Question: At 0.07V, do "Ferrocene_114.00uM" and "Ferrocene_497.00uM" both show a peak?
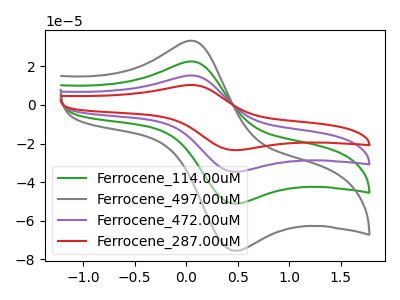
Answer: <think>The green curve "Ferrocene_114.00uM" has an anodic peak at (0.05V, 22.45uA) and a cathodic peak at (0.45V, -51.15uA). The gray curve "Ferrocene_497.00uM" has an anodic peak at (0.05V, 33.20uA) and a cathodic peak at (0.45V, -75.55uA). The purple curve "Ferrocene_472.00uM" has an anodic peak at (0.05V, 44.95uA) and a cathodic peak at (0.45V, -102.25uA). The red curve "Ferrocene_287.00uM" has an anodic peak at (0.05V, 67.40uA) and a cathodic peak at (0.45V, -153.40uA).</think>
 <answer>Yes, "Ferrocene_114.00uM" and "Ferrocene_497.00uM" share a peak at 0.07V.</answer>
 <eval>match</eval>